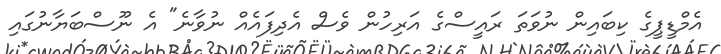
އެމްޑީޕީގެ ކިބައިން ނުވަތަ ރައީސްގެ އަރިހުން ވެސް އެދިފައެއް ނުވާނެ" އެ ނޫސްބަޔާނުގައި